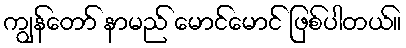
ကျွန်တော် နာမည် မောင်မောင် ဖြစ်ပါတယ်။